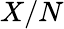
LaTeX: X/N